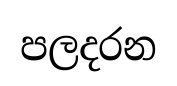
පලදරන